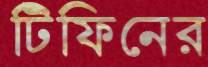
টিফিনের